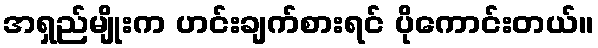
အရှည်မျိုးက ဟင်းချက်စားရင် ပိုကောင်းတယ်။